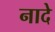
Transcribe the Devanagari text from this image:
नादे